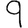
Digit: 9